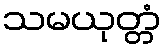
သမယုတ္တံ